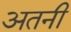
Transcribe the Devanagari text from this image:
अतनी